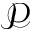
\mathcal { P }